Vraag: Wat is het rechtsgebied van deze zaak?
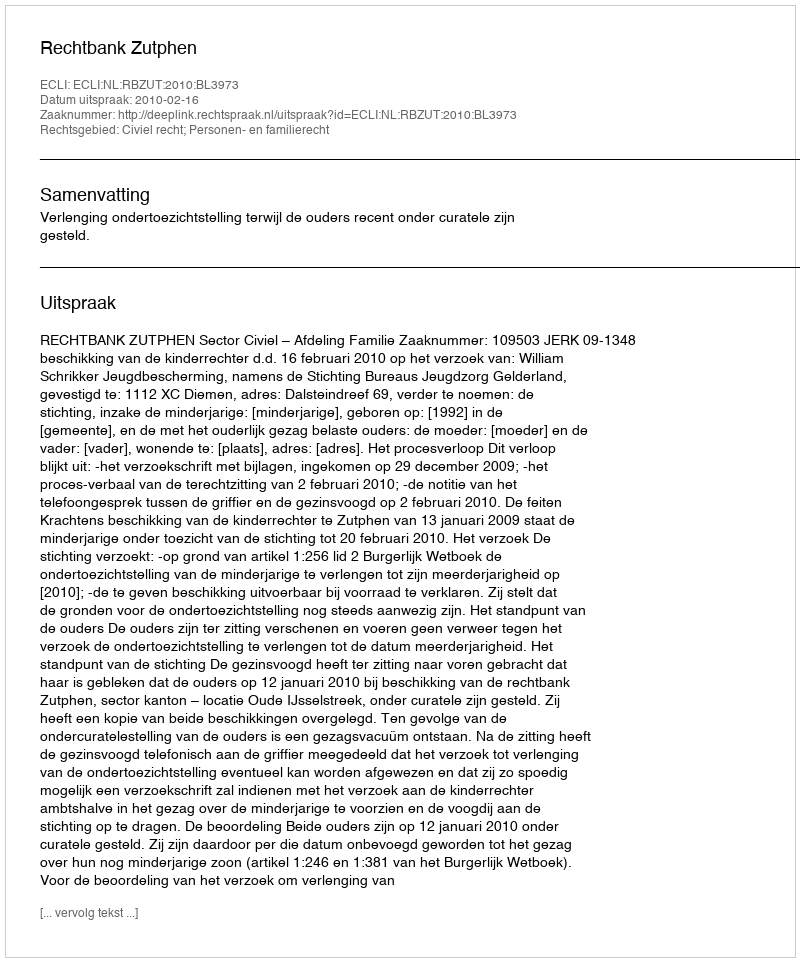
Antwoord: Civiel recht; Personen- en familierecht